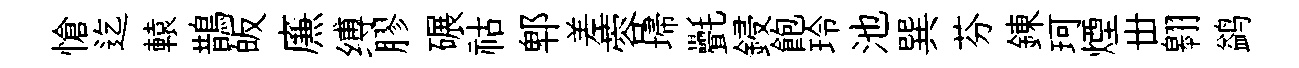
愴迄轅鵲皈㢘缚膠碾祜郫差蓉埽㲲鋟飽玲池巽芬錬珂煙丗翱鹢